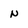
Character: N